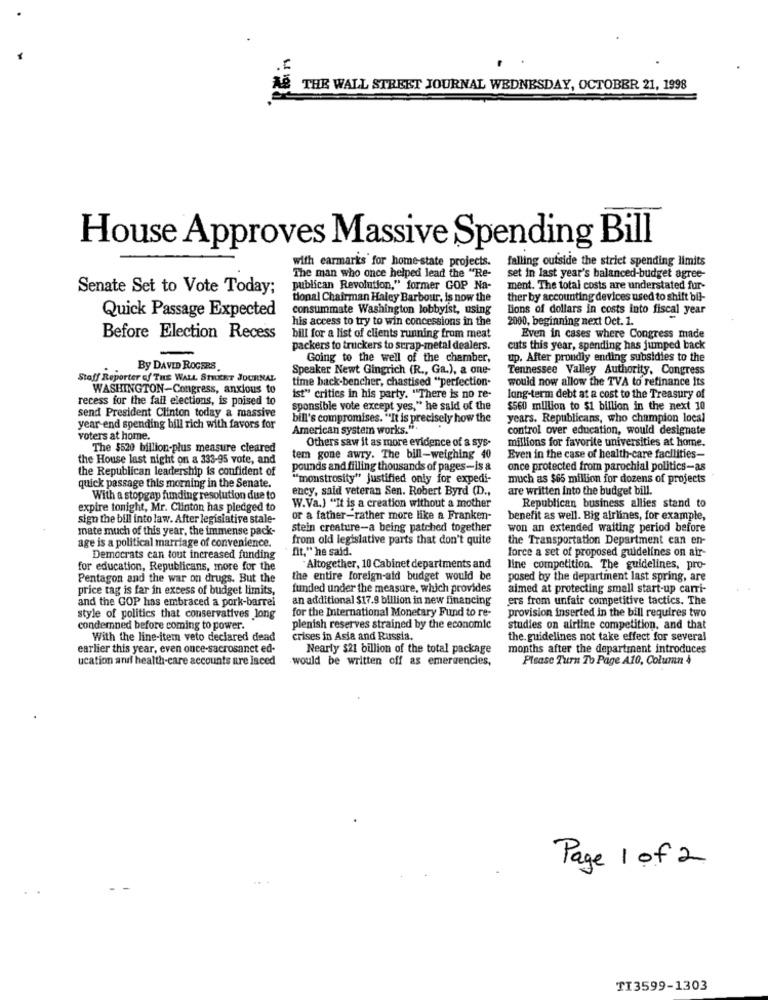
THE WALL STREET JOURNAL WEDNESDAY, OCTOBER 21, 1998
House Approves Massive Spending Bill
with earmarks for home-state projects.
falling outside the strict spending limits
The man who once helped lead the "Re-
set in last year's balanced-budget agree-
Senate Set to Vote Today;
publican Revolution," former GOP Na-
ment. The total costs are understated fur-
tional Chairman Haley Barbour, is now the
ther by accounting devices used to shift bil-
Quick Passage Expected
consummate Washington lobbyist, using
Lions of dollars in costs into fiscal year
his access to try to win concessions in the
2000, beginning next Oct. 1.
Before Election Recess
bill for a list of clients running from meat
Even in cases where Congress made
packers to truckers to scrap-metal dealers.
cuts this year, spending has jumped back
Going to the well of the chamber,
up. After proudly ending subsidies to the
By DAVID ROGERS
Speaker Newt Gingrich (R ., Ga.), a one-
Tennessee Valley Authority, Congress
Stoff Reporter of THE WALL STREET JOURNAL
time back-bencher, chastised "perfection-
would now allow the TVA to refinance Its
WASHINGTON-Congress, anxious to
recess for the fall elections, is poised to
ist" critics in his party. "There is no re-
long-term debt at a cost to the Treasury of
send President Clinton today a massive
sponsible vote except yes," he said of the
$560 million to $1 billion in the next 10
bill's compromises. "It is precisely how the
years. Republicans, who champion local
year-end spending bill rich with favors for
American system works.".
control over education, would designate
voters at home.
Others saw it as more evidence of a sys-
millions for favorite universities at home.
The $520 billion-plus measure cleared
the House last night on a 333-95 vote, and
tem gone awry. The bill-weighing 40
Even in the case of health-care facilities-
the Republican leadership is confident of
pounds and filling thousands of pages-is &
once protected from parochial politics-as
"monstrosity" justified only for expedi-
much as $65 million for dozens of projects
quick passage this morning in the Senate.
ency, said veteran Sen. Robert Byrd (D .,
are written into the budget bill.
With a stopgap funding resolution due to
expire tonight, Mr. Clinton has pledged to
W.Va.J "It is a creation without a mother
Republican business allies stand to
sign the bill into law. After legislative stale-
or a father-rather more like a Franken-
benefit as well. Big airlines, for example,
mate much of this year, the immense pack-
stein creature-a being patched together
won an extended waiting period before
age is a political marriage of convenience.
from old legislative parts that don't quite
the Transportation Department can en-
fit," he said.
force a set of proposed guidelines on air-
Democrats can tout increased funding
for education, Republicans, more for the
"Altogether, 10 Cabinet departments and
line competition. The guidelines, pro-
Pentagon and the war on drugs. But the
the entire foreign-aid budget would be
posed by the department last spring, are
price tag is far in excess of budget limits,
funded under the measure, which provides
aimed at protecting small start-up carri-
and the GOP has embraced a pork-barrei
an additional $17.9 billion in new financing
ers from unfair competitive tactics. The
for the International Monetary Fund to re-
style of politics that conservatives long
provision inserted in the bill requires two
condemned before coming to power.
plenish reserves strained by the economic
studies on airtine competition, and that
With the line-item veto declared dead
crises in Asia and Russia,
the guidelines not take effect for several
earlier this year, even once-sacrosanct ed-
Nearly $21 billion of the total package
months after the department introduces
ucation and health-care accounts are Isced
.would be written off as emergencies,
Please Turn To Page A10, Column
Page 1 of 2
TI3599-1303